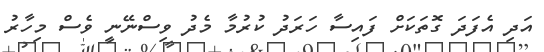
އަދި އެފަދަ ގޮތަކަށް ފައިސާ ހަރަދު ކުރުމާ މެދު ވިސްނޭނީ ވެސް މިހާރު